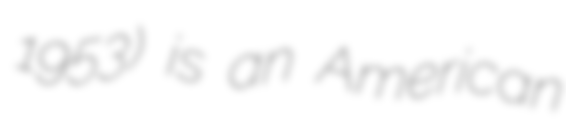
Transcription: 1953) is an American